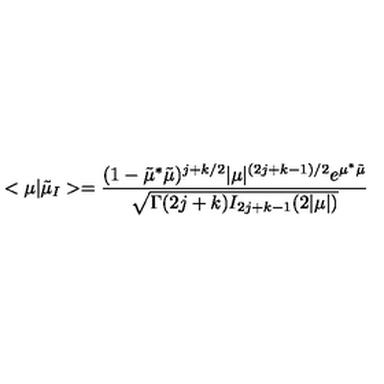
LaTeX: < \mu | \tilde { \mu } _ { I } > = \frac { ( 1 - \tilde { \mu } ^ { * } \tilde { \mu } ) ^ { j + k / 2 } | \mu | ^ { ( 2 j + k - 1 ) / 2 } e ^ { \mu ^ { * } \tilde { \mu } } } { \sqrt { \Gamma ( 2 j + k ) I _ { 2 j + k - 1 } ( 2 | \mu | ) } }